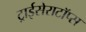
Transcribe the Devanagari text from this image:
ट्राईसेराटॉप्स